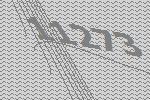
11273